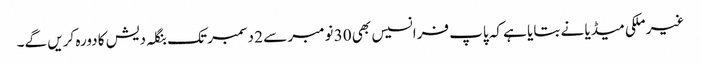
غیر ملکی میڈیا نے بتایا ہے کہ پاپ فرانسیس بھی 30 نومبر سے 2 دسمبر تک بنگلہ دیش کا دورہ کریں گے۔